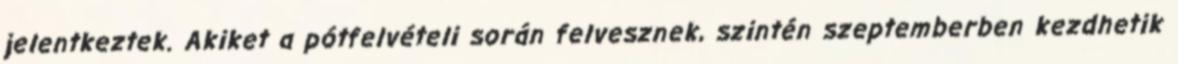
jelentkeztek. Akiket a pótfelvételi során felvesznek, szintén szeptemberben kezdhetik